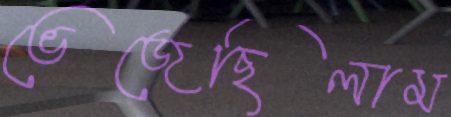
ভেজেছিলাম